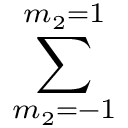
\sum _ { m _ { 2 } = - 1 } ^ { m _ { 2 } = 1 }